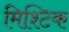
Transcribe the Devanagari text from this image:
मिश्टिक